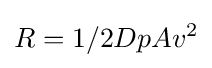
R=1/2DpAv^{2}